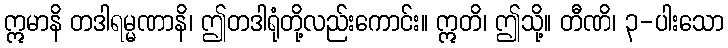
ဣမာနိ တဒါရမ္မဏာနိ၊ ဤတဒါရုံတို့လည်းကောင်း။ ဣတိ၊ ဤသို့။ တီဏိ၊ ၃-ပါးသော